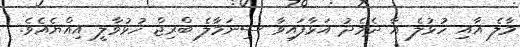
މާލެ އާއި ހުޅުލެ އާ ދެމެދު އަޅާފައިވާ ސިނަމާލެ ބްރިޖް ހުޅުވާލީ އިއްޔެއެވެ.